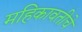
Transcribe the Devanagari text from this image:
महिकावतीचे